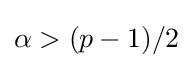
\alpha >(p-1)/2